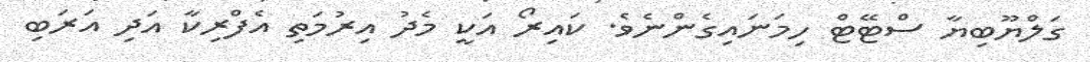
ގަލްޔޫބިޔާ ސްޓޭޓް ހިމަނައިގެންނެވެ. ކައިރޯ އަކީ މެދު އިރުމަތި އެފްރިކާ އަދި އަރަބި